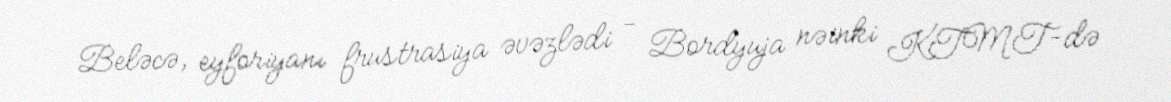
Beləcə, eyforiyanı frustrasiya əvəzlədi - Bordyuja nəinki KTMT-də